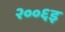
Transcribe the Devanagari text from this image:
२००६इ